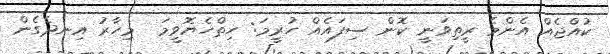
ކުއްޖެއް އެންމެ ރީތިވަނީ ކޮން ސިފައެއް ހުރީމަ: ހިތްހެޔޮވީމަ  މިހާރު އިނދެގެން